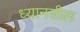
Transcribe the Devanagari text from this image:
ध्यानशील